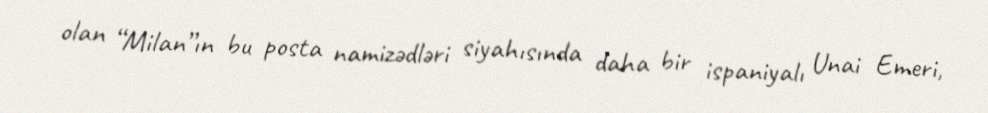
olan “Milan”ın bu posta namizədləri siyahısında daha bir ispaniyalı Unai Emeri,